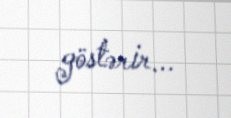
göstərir...